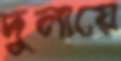
দুলায়ে